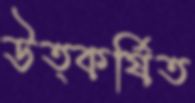
উত্কর্ষিত